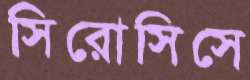
সিরোসিসে